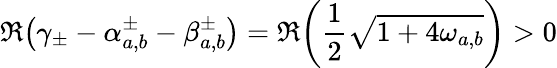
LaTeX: \Re{\left(\gamma_{\pm}-\alpha_{a,b}^{\pm}-\beta_{a,b}^{\pm}\right)}=\Re{\left(\frac{1}{2}\sqrt{1+4\omega_{a,b}}\right)}>0